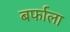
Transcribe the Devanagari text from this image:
बर्फाला